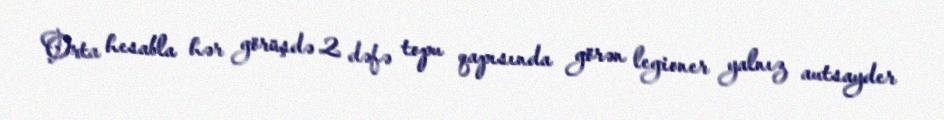
Orta hesabla hər görüşdə 2 dəfə topu qapısında görən legioner yalnız autsayder